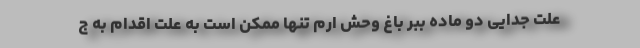
علت جدایی دو ماده ببر باغ وحش ارم تنها ممکن است به علت اقدام به ج